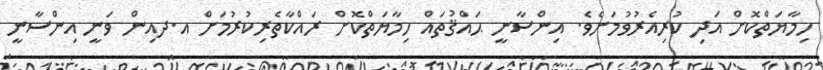
ހިމާޔަތްކޮށް އަދި ކުރިއެރުވުމަށެވެ. އިންސާނީ ޙައްޤުތައް ހިމާޔަތްކޮށް ރައްކާތެރިކުރުމަށް އ.ދއިން ވަނީ އިންސާނީ